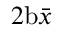
2 \mathrm { b } \bar { x }